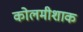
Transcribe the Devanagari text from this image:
कोलमीशाक